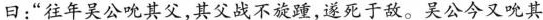
曰：“往年吴公吮其父，其父战不旋踵，遂死于敌。吴公今又吮其